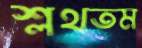
শ্লথতম